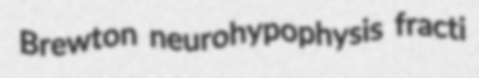
Brewton neurohypophysis fracti